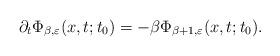
LaTeX: \begin{align*}\partial_t \Phi_{\beta,\varepsilon}(x,t;t_0) = -\beta \Phi_{\beta+1,\varepsilon}(x,t;t_0).\end{align*}